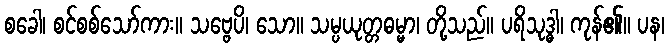
စခေါ၊ စင်စစ်သော်ကား။ သဗ္ဗေပိ၊ သော။ သမ္ပယုတ္တဓမ္မာ၊ တို့သည်။ ပရိသုဒ္ဓါ၊ ကုန်၏။ ပန၊